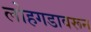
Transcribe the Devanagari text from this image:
लोहगडावरून